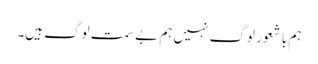
ہم با شعور لوگ نہیں ہم بے سمت لوگ ہیں۔